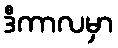
ဒီကာလမှာ